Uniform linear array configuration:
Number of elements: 64
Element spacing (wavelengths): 0.5
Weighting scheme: uniform
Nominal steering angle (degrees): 0
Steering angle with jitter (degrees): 0.7171
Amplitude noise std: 0.05
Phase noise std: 0.05

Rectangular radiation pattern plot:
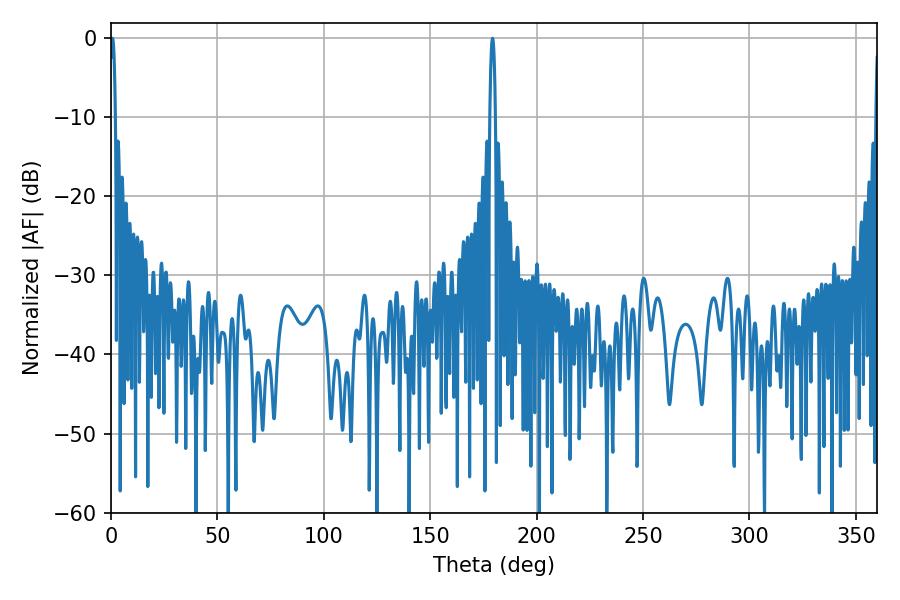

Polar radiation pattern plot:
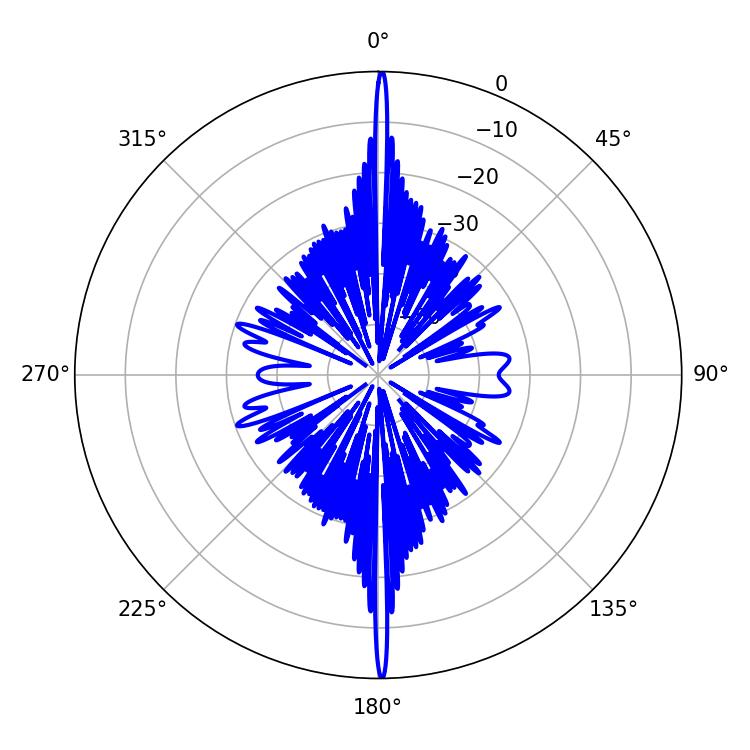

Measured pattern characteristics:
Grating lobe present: FALSE
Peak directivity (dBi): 34.251
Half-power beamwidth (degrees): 1.44
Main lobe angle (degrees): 179.28